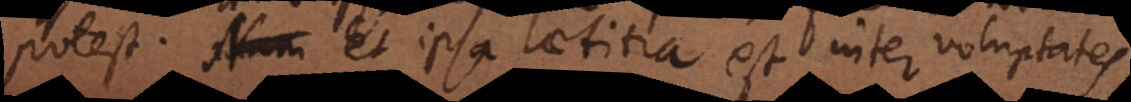
potest. Et ipsa laetitia est inter voluptates